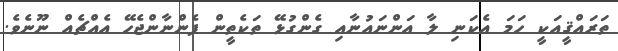
ތަރައްޤީއަކީ ހަމަ އެކަނި ލާ އަންނައުނާއި ގެންގުޅޭ ތަކެތީން ފެންނާންޖެހޭ އެއްޗެއް ނޫނެވެ.